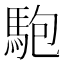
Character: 䮀